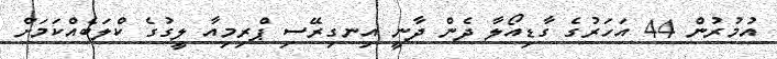
އުމުރުން 44 އަހަރުގެ ގާޑިއޯލާ ދެން ދާނީ އިނގިރޭސި ޕްރިމިއާ ލީގުގެ ކްލަބެއްކަމަށް